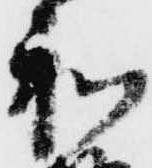
和